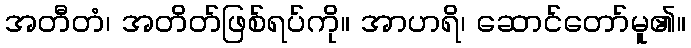
အတီတံ၊ အတိတ်ဖြစ်ရပ်ကို။ အာဟရိ၊ ဆောင်တော်မူ၏။